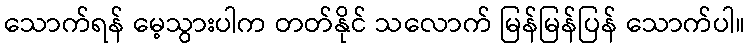
သောက်ရန် မေ့သွားပါက တတ်နိုင် သလောက် မြန်မြန်ပြန် သောက်ပါ။